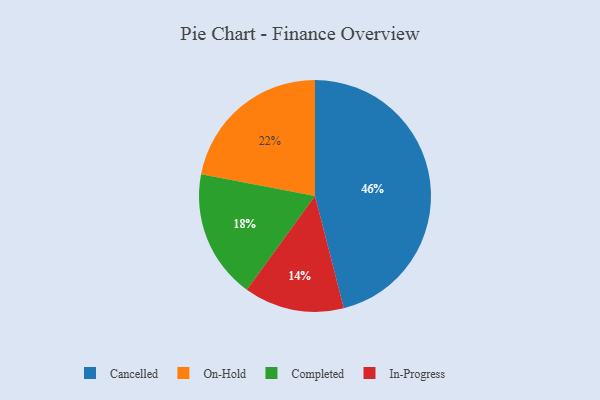
{"axis": {"x": "Category", "y": "Percentage"}, "legend": ["Cancelled", "Completed", "In-Progress", "On-Hold"], "data": [{"x": "Completed", "y": 18, "type": "Completed"}, {"x": "On-Hold", "y": 22, "type": "On-Hold"}, {"x": "In-Progress", "y": 14, "type": "In-Progress"}, {"x": "Cancelled", "y": 46, "type": "Cancelled"}]}